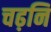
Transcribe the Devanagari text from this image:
चढ़नि